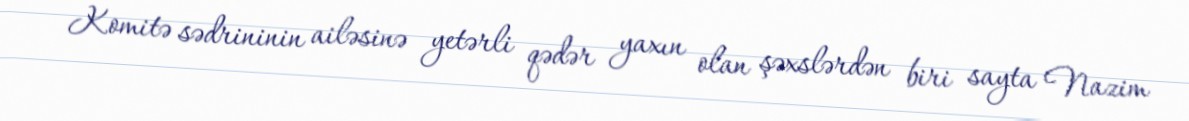
Komitə sədrininin ailəsinə yetərli qədər yaxın olan şəxslərdən biri sayta Nazim